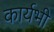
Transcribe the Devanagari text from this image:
कार्यभी